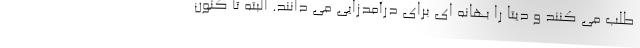
طلب می کنند و دیتا را بهانه ای برای درآمدزایی می دانند. البته تا کنون